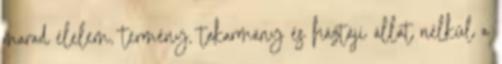
marad élelem, termény, takarmány és háztáji állat nélkül a